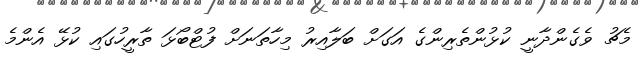
މެޗު ވެގެންދާނީ ކުޅުންތެރިންގެ އަގަށް ބަލާއިރު މިހާތަނަށް ފުޓްބޯޅަ ތާރީހުގައި ކުޅޭ އެންމެ